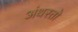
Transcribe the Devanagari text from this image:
अंथरतो